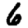
Digit: 6